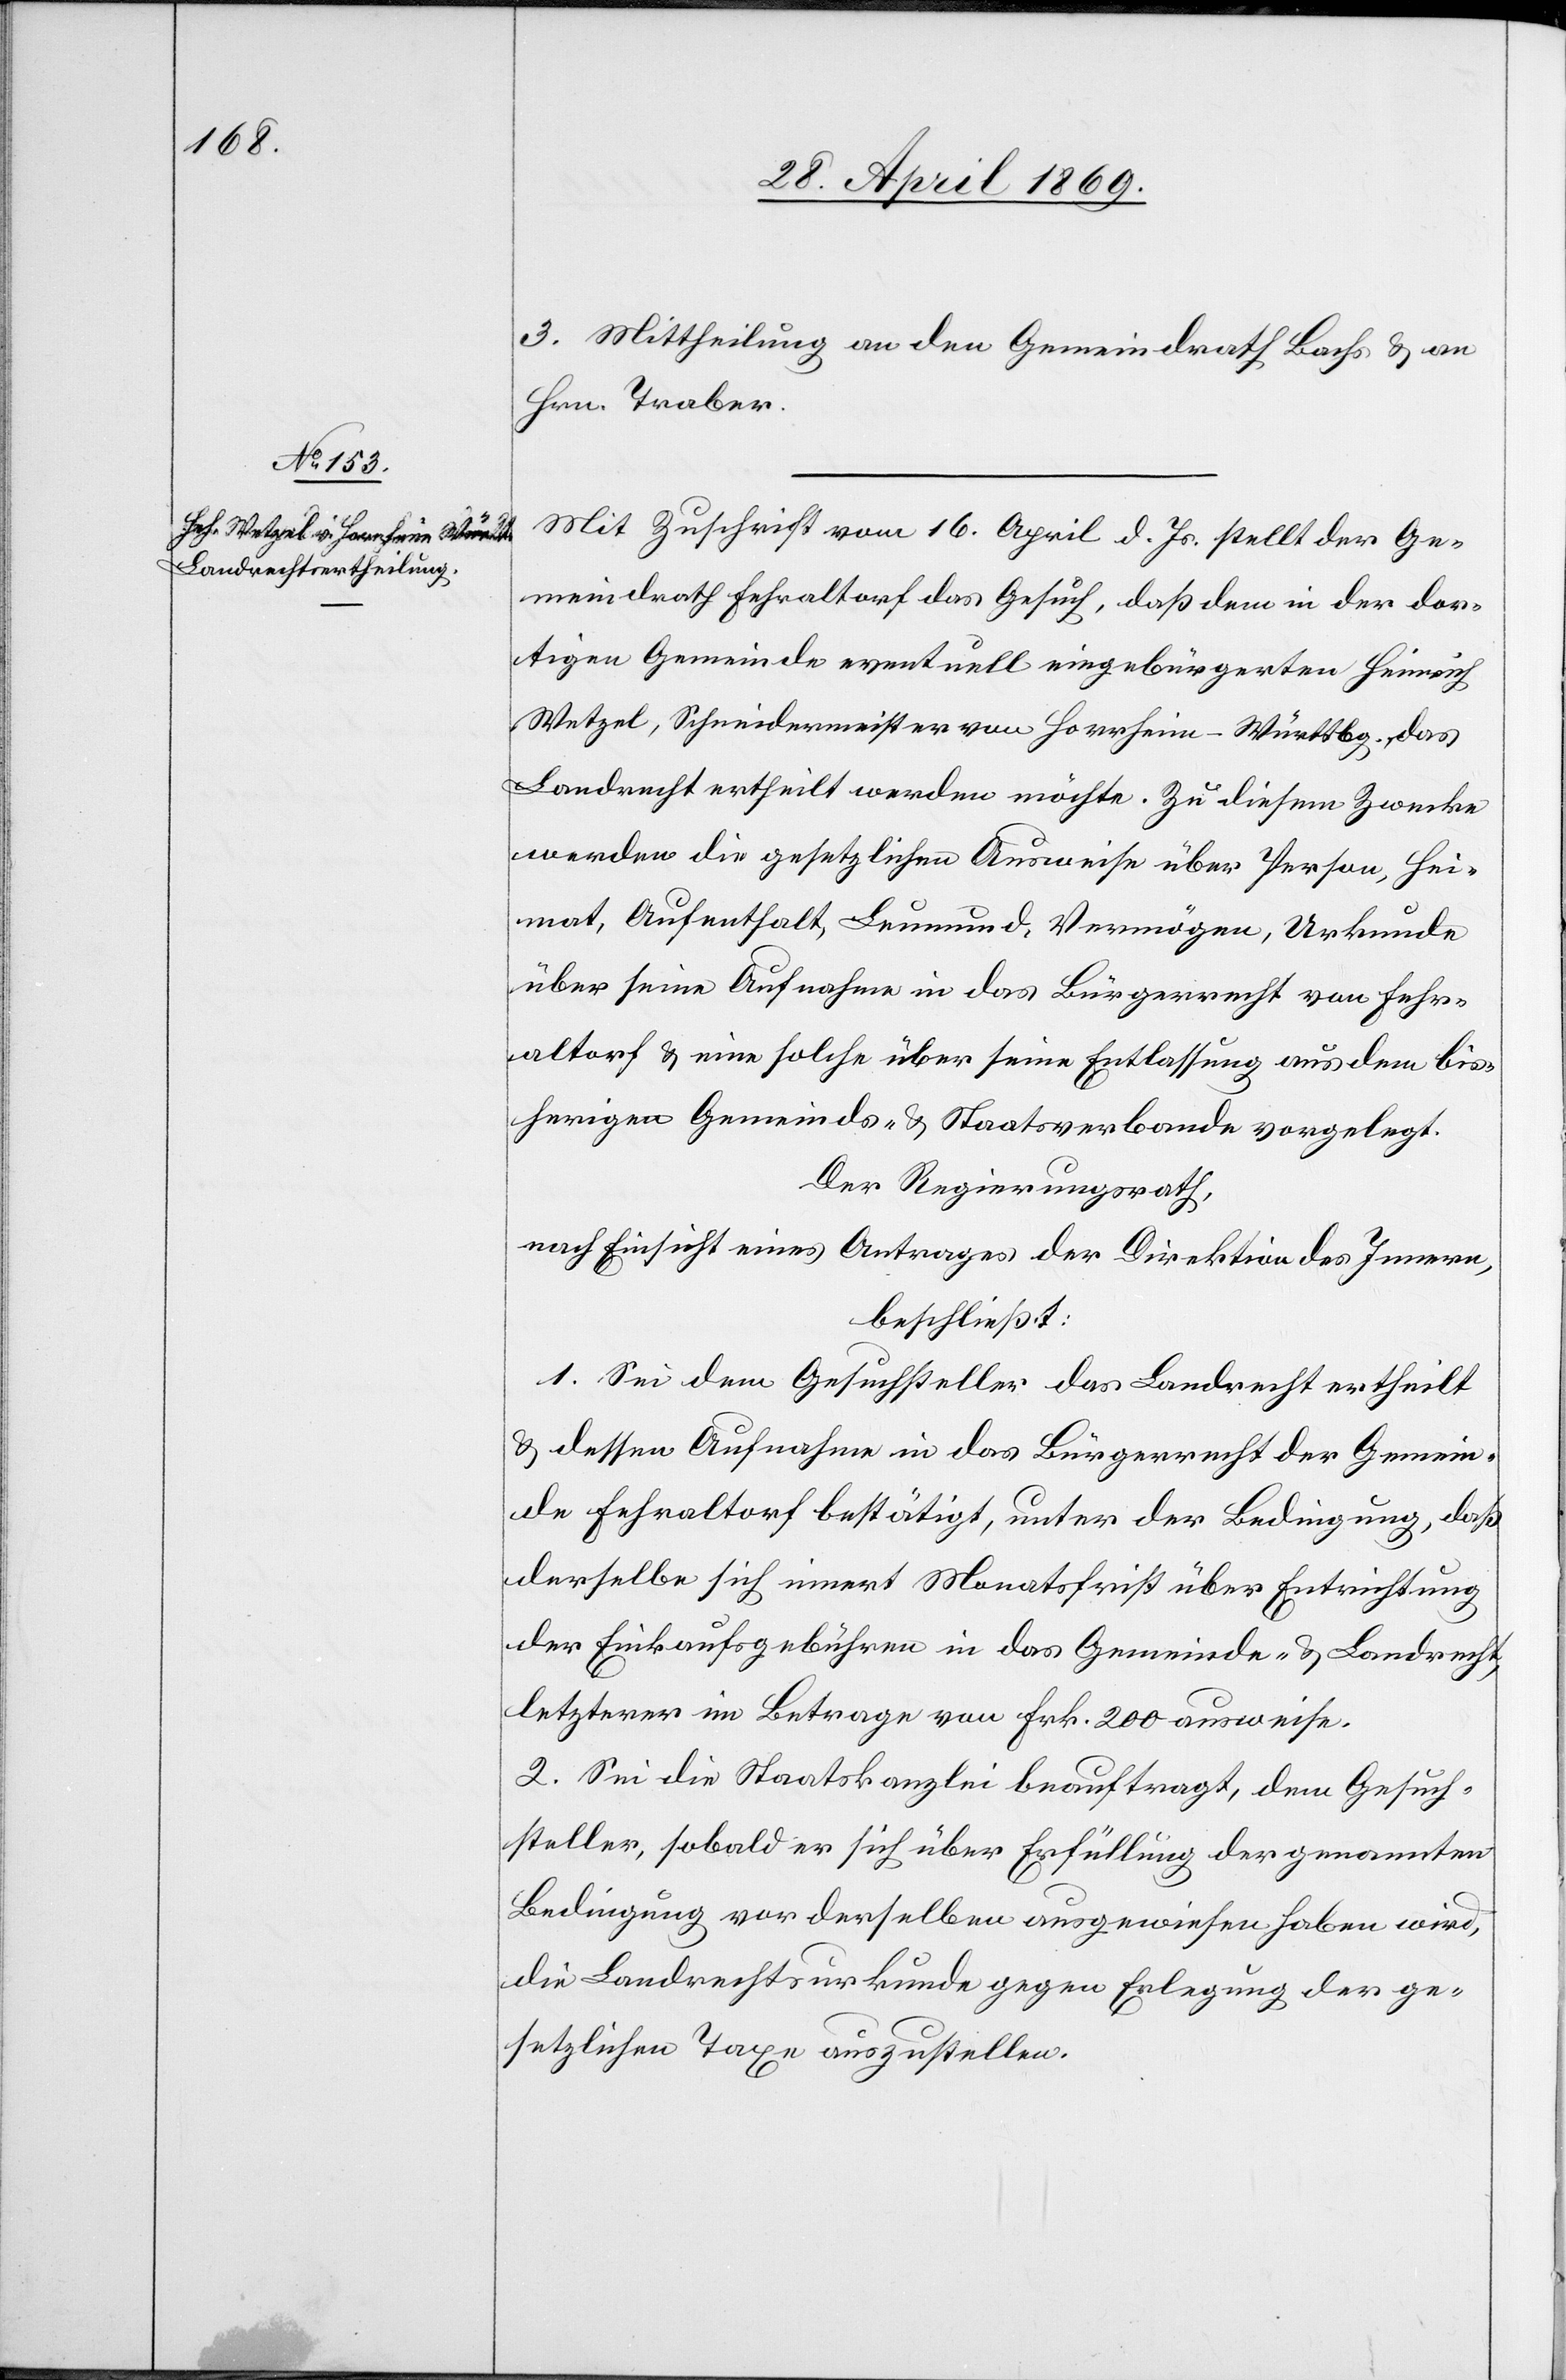
3. Mittheilung an den Gemeindrath Bachs u. an
Hrn. Traber.
Mit Zuschrift vom 16. April d. Js. stellt der Ge¬
meindrath Fehraltorf das Gesuch, daß dem in der dor¬
tigen Gemeinde eventuell eingebürgerten Heinrich
Wetzel, Schneidermeister von Horrheim - Würrtbg., das
Landrecht ertheilt werden möchte. Zu diesem Zwecke
werden die gesetzlichen Ausweise über Person, Hei¬
mat, Aufenthalt, Leumund, Vermögen, Urkunde
über seine Aufnahme in das Bürgerrecht von Fehr¬
altorf u. eine solche über seine Entlassung aus dem bis¬
herigen Gemeinds- u. Staatsverbande vorgelegt.
Der Regierungsrath,
nach Einsicht eines Antrages der Direktion des Innern,
beschließt:
1. Sei dem Gesuchsteller das Landrecht ertheilt
u. dessen Aufnahme in das Bürgerrecht der Gemein¬
de Fehraltorf bestätigt, unter der Bedingung, daß
derselbe sich innert Monatsfrist über Entrichtung
der Einkaufsgebühren in das Gemeinde- u. Landrecht,
letzterer im Betrage von Frk. 200 ausweise.
2. Sei die Staatskanzlei beauftragt, dem Gesuch¬
steller, sobald er sich über Erfüllung der genannten
Bedingung vor derselben ausgewiesen haben wird,
die Landrechtsurkunde gegen Erlegung der ge¬
setzlichen Taxe auszustellen.